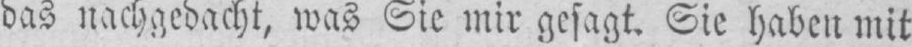
das nachgedacht, was Sie mir gesagt. Sie haben mit